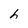
Character: h